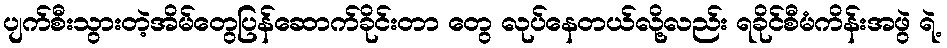
ပျက်စီးသွားတဲ့အိမ်တွေပြန်ဆောက်ခိုင်းတာ တွေ လုပ်နေတယ်လို့လည်း ရခိုင်စီမံကိန်းအဖွဲ ရဲ့